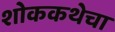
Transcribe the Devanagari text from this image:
शोककथेचा